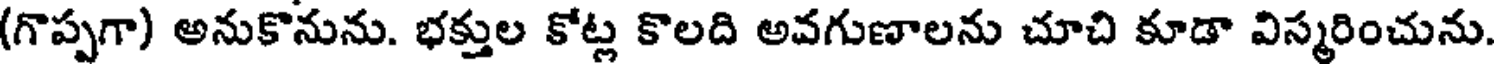
(గొప్పగా) అనుకొనును. భక్తుల కోట్ల కొలది అవగుణాలను చూచి కూడా విస్మరించును.